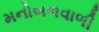
મનોબળવાળી